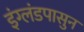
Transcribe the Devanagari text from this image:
इंग्लंडपासुन